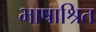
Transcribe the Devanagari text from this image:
भाषाश्रित